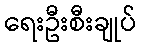
ရေးဦးစီးချုပ်